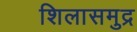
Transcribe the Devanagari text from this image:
शिलासमुद्र